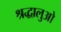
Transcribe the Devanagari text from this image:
श्रद्धालुओ